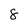
Character: 8